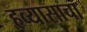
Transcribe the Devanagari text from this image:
हव्यासाचा